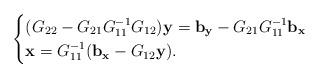
LaTeX: \begin{align*} \begin{cases}(G_{22}-G_{21}G_{11}^{-1}G_{12})\mathbf{y}=\mathbf{b}_{\mathbf{y}}-G_{21}G_{11}^{-1}\mathbf{b}_{\mathbf{x}} \\\mathbf{x}=G_{11}^{-1}(\mathbf{b}_{\mathbf{x}} - G_{12}\mathbf{y} ).\end{cases}\end{align*}